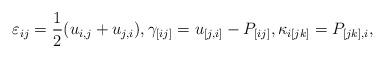
LaTeX: \begin{align*}\varepsilon_{ij}&=\frac{1}{2}(u_{i,j}+u_{j,i}),\gamma_{[ij]}=u_{[j,i]}-P_{[ij]},\kappa_{i[jk]}=P_{[jk],i},\end{align*}